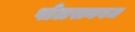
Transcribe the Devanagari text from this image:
पोलस्त्यवध